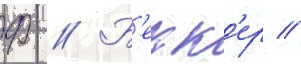
Ф // Б'екк'ер //